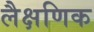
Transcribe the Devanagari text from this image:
लैक्षणिक